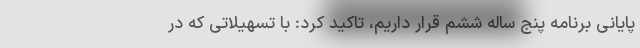
پایانی برنامه پنج ساله ششم قرار داریم، تاکید کرد: با تسهیلاتی که در